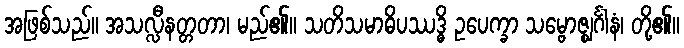
အဖြစ်သည်။ အသလ္လီနတ္တတာ၊ မည်၏။ သတိသမာဓိပဿဒ္ဓိ ဥပေက္ခာ သမ္ဗောဇ္ဈင်္ဂါနံ၊ တို့၏။